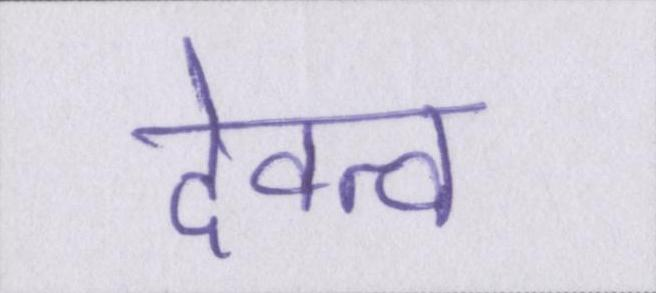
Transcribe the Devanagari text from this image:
देवत्व